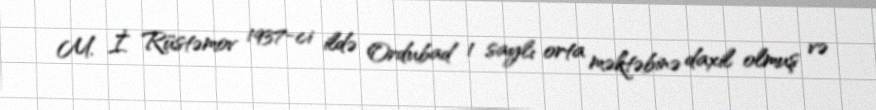
M. İ. Rüstəmov 1937-ci ildə Ordubad 1 saylı orta məktəbinə daxil olmuş və